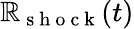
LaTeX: \mathbb{R}_{\mathrm{{~s~h~o~c~k~}}}(t)